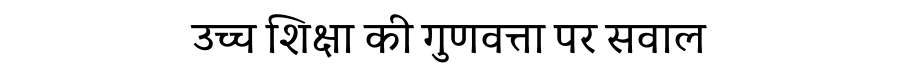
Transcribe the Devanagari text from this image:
उच्च शिक्षा की गुणवत्ता पर सवाल